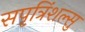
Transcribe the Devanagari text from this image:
सपृत्रिंशल्सु